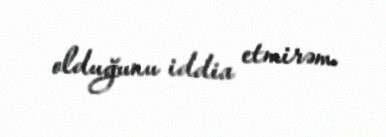
olduğunu iddia etmirəm.